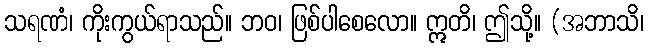
သရဏံ၊ ကိုးကွယ်ရာသည်။ ဘဝ၊ ဖြစ်ပါစေလော။ ဣတိ၊ ဤသို့။ (အဘာသိ၊